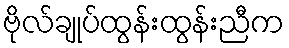
ဗိုလ်ချုပ်ထွန်းထွန်းညီက